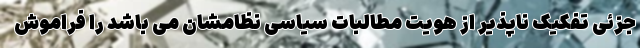
جزئی تفکیک ناپذیر از هویت مطالبات سیاسی نظامشان می باشد را فراموش